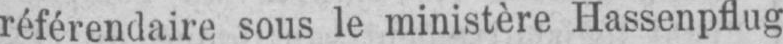
référendaire sous le ministère Hassenpflug